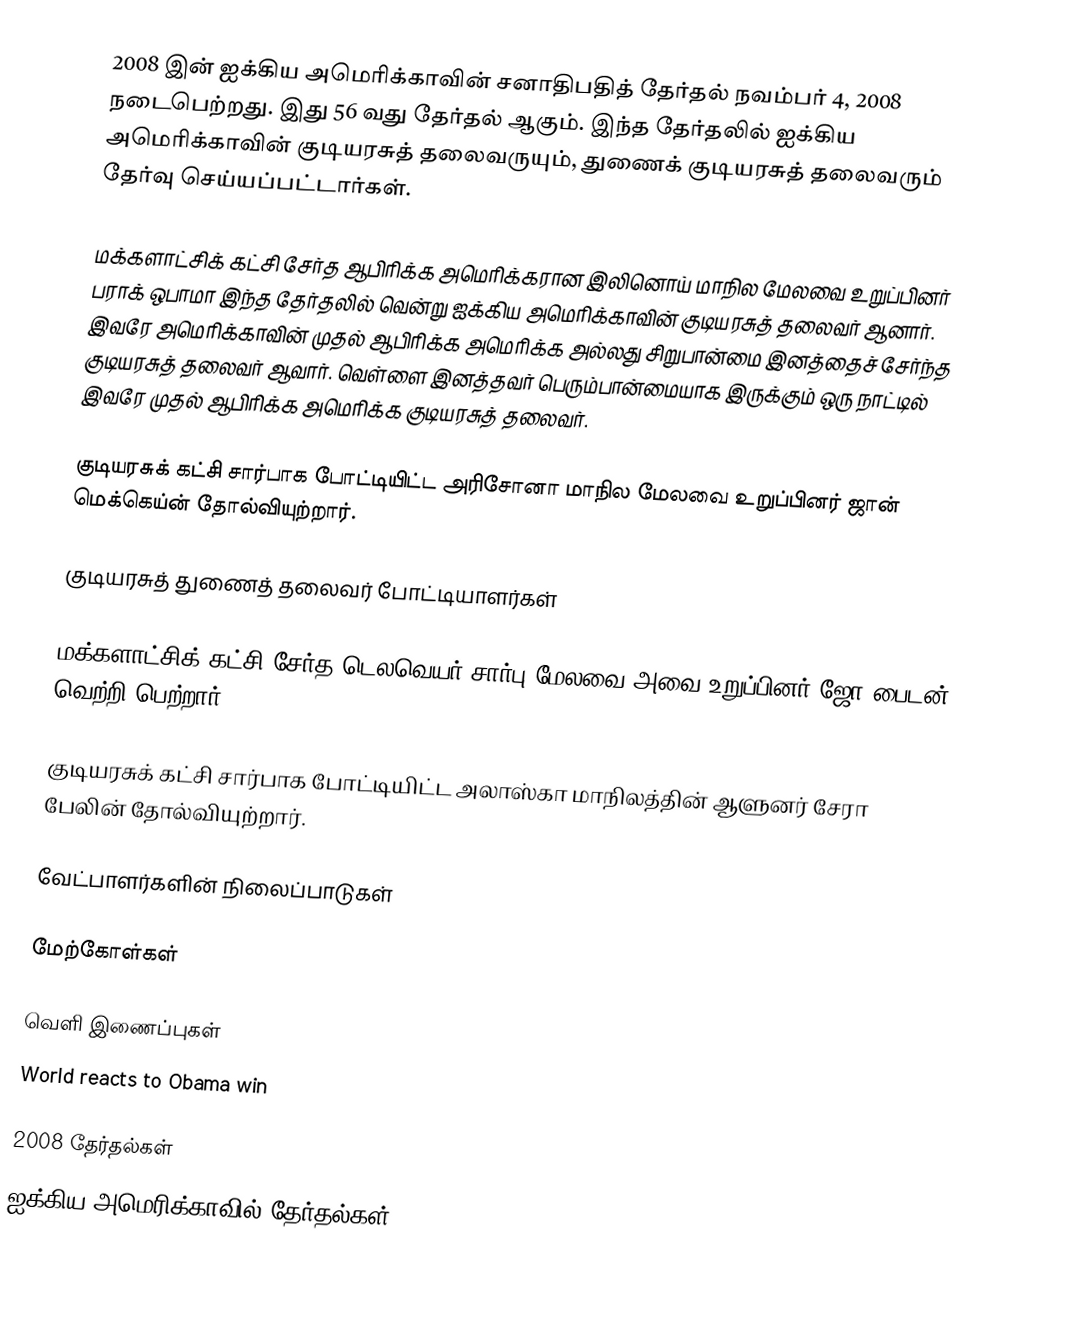
2008 இன் ஐக்கிய அமெரிக்காவின் சனாதிபதித் தேர்தல் நவம்பர் 4, 2008 நடைபெற்றது. இது 56 வது தேர்தல் ஆகும். இந்த தேர்தலில் ஐக்கிய அமெரிக்காவின் குடியரசுத் தலைவருயும், துணைக் குடியரசுத் தலைவரும் தேர்வு செய்யப்பட்டார்கள்.

மக்களாட்சிக் கட்சி சேர்த ஆபிரிக்க அமெரிக்கரான இலினொய் மாநில மேலவை உறுப்பினர் பராக் ஒபாமா இந்த தேர்தலில் வென்று ஐக்கிய அமெரிக்காவின் குடியரசுத் தலைவர் ஆனார். இவரே அமெரிக்காவின் முதல் ஆபிரிக்க அமெரிக்க அல்லது சிறுபான்மை இனத்தைச் சேர்ந்த குடியரசுத் தலைவர் ஆவார். வெள்ளை இனத்தவர் பெரும்பான்மையாக இருக்கும் ஒரு நாட்டில் இவரே முதல் ஆபிரிக்க அமெரிக்க குடியரசுத் தலைவர்.

குடியரசுக் கட்சி சார்பாக போட்டியிட்ட அரிசோனா மாநில மேலவை உறுப்பினர் ஜான் மெக்கெய்ன் தோல்வியுற்றார்.

குடியரசுத் துணைத் தலைவர் போட்டியாளர்கள்

மக்களாட்சிக் கட்சி சேர்த டெலவெயர் சார்பு மேலவை அவை உறுப்பினர் ஜோ பைடன் வெற்றி பெற்றார்.

குடியரசுக் கட்சி சார்பாக போட்டியிட்ட அலாஸ்கா மாநிலத்தின் ஆளுனர் சேரா பேலின் தோல்வியுற்றார்.

வேட்பாளர்களின் நிலைப்பாடுகள்

மேற்கோள்கள்

வெளி இணைப்புகள்
 World reacts to Obama win

2008 தேர்தல்கள்
ஐக்கிய அமெரிக்காவில் தேர்தல்கள்